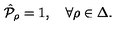
\hat { \cal P } _ { \rho } = 1 , \quad \forall \rho \in \Delta .